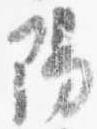
陽